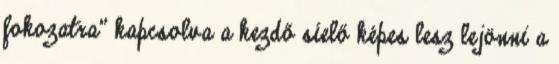
fokozatra" kapcsolva a kezdő síelő képes lesz lejönni a